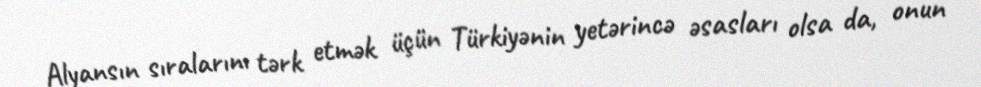
Alyansın sıralarını tərk etmək üçün Türkiyənin yetərincə əsasları olsa da, onun